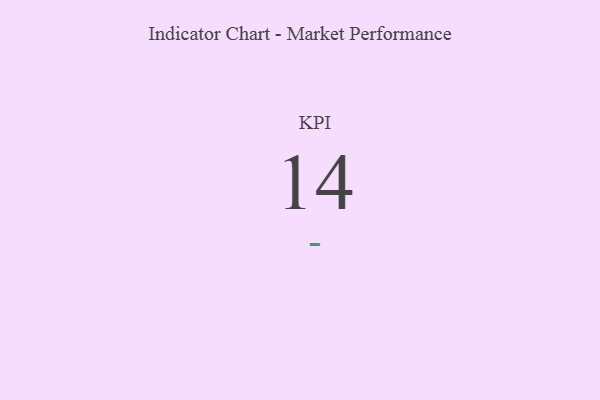
{"axis": {"x": "KPI", "y": "Value"}, "legend": [""], "data": [{"x": "KPI", "y": 14, "type": ""}]}